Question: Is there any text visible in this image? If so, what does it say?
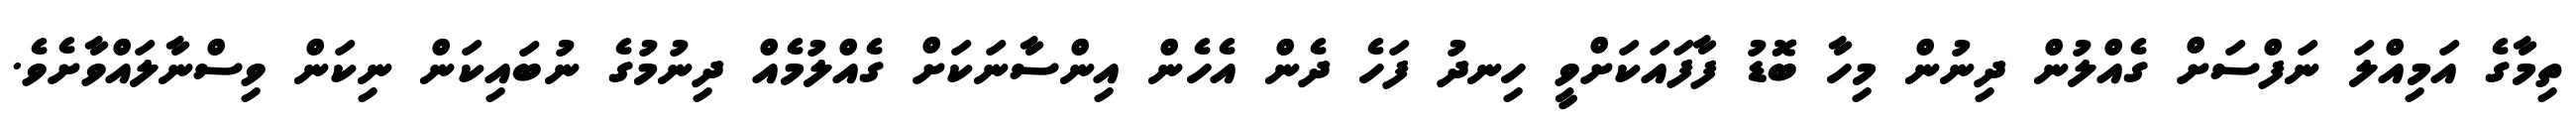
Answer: ތިމާގެ އަމިއްލަ ނަފްސަށް ގެއްލުން ދިނުން މިހާ ބޮޑު ފާފައަކަށްވީ ހިނދު ފަހެ ދެން އެހެން އިންސާނަކަށް ގެއްލުމެއް ދިނުމުގެ ނުބައިކަން ނިކަން ވިސްނާލައްވާށެވެ.